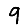
Digit: 9